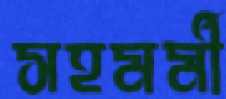
সহমর্মী